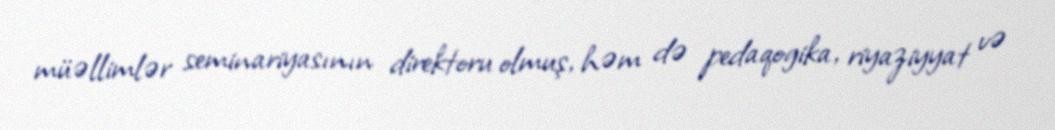
müəllimlər seminariyasının direktoru olmuş, həm də pedaqogika, riyaziyyat və